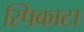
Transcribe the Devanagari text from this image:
स्पिकाटा